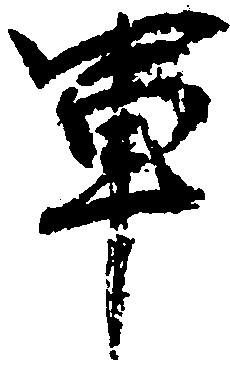
軍